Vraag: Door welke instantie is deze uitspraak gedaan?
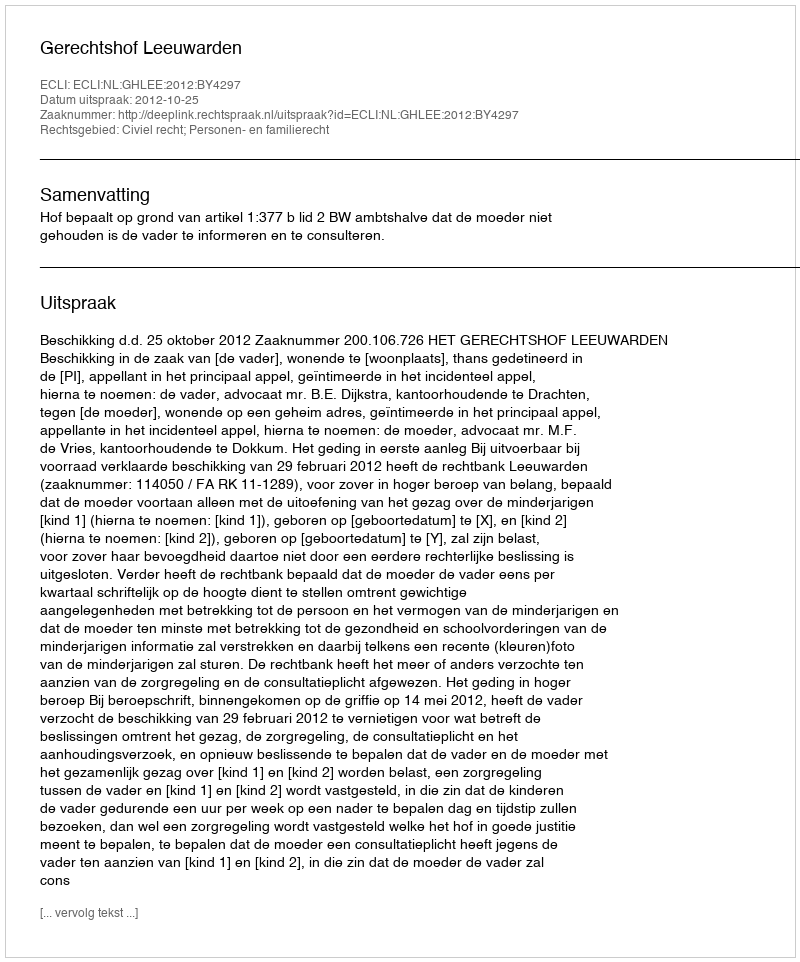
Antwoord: Gerechtshof Leeuwarden